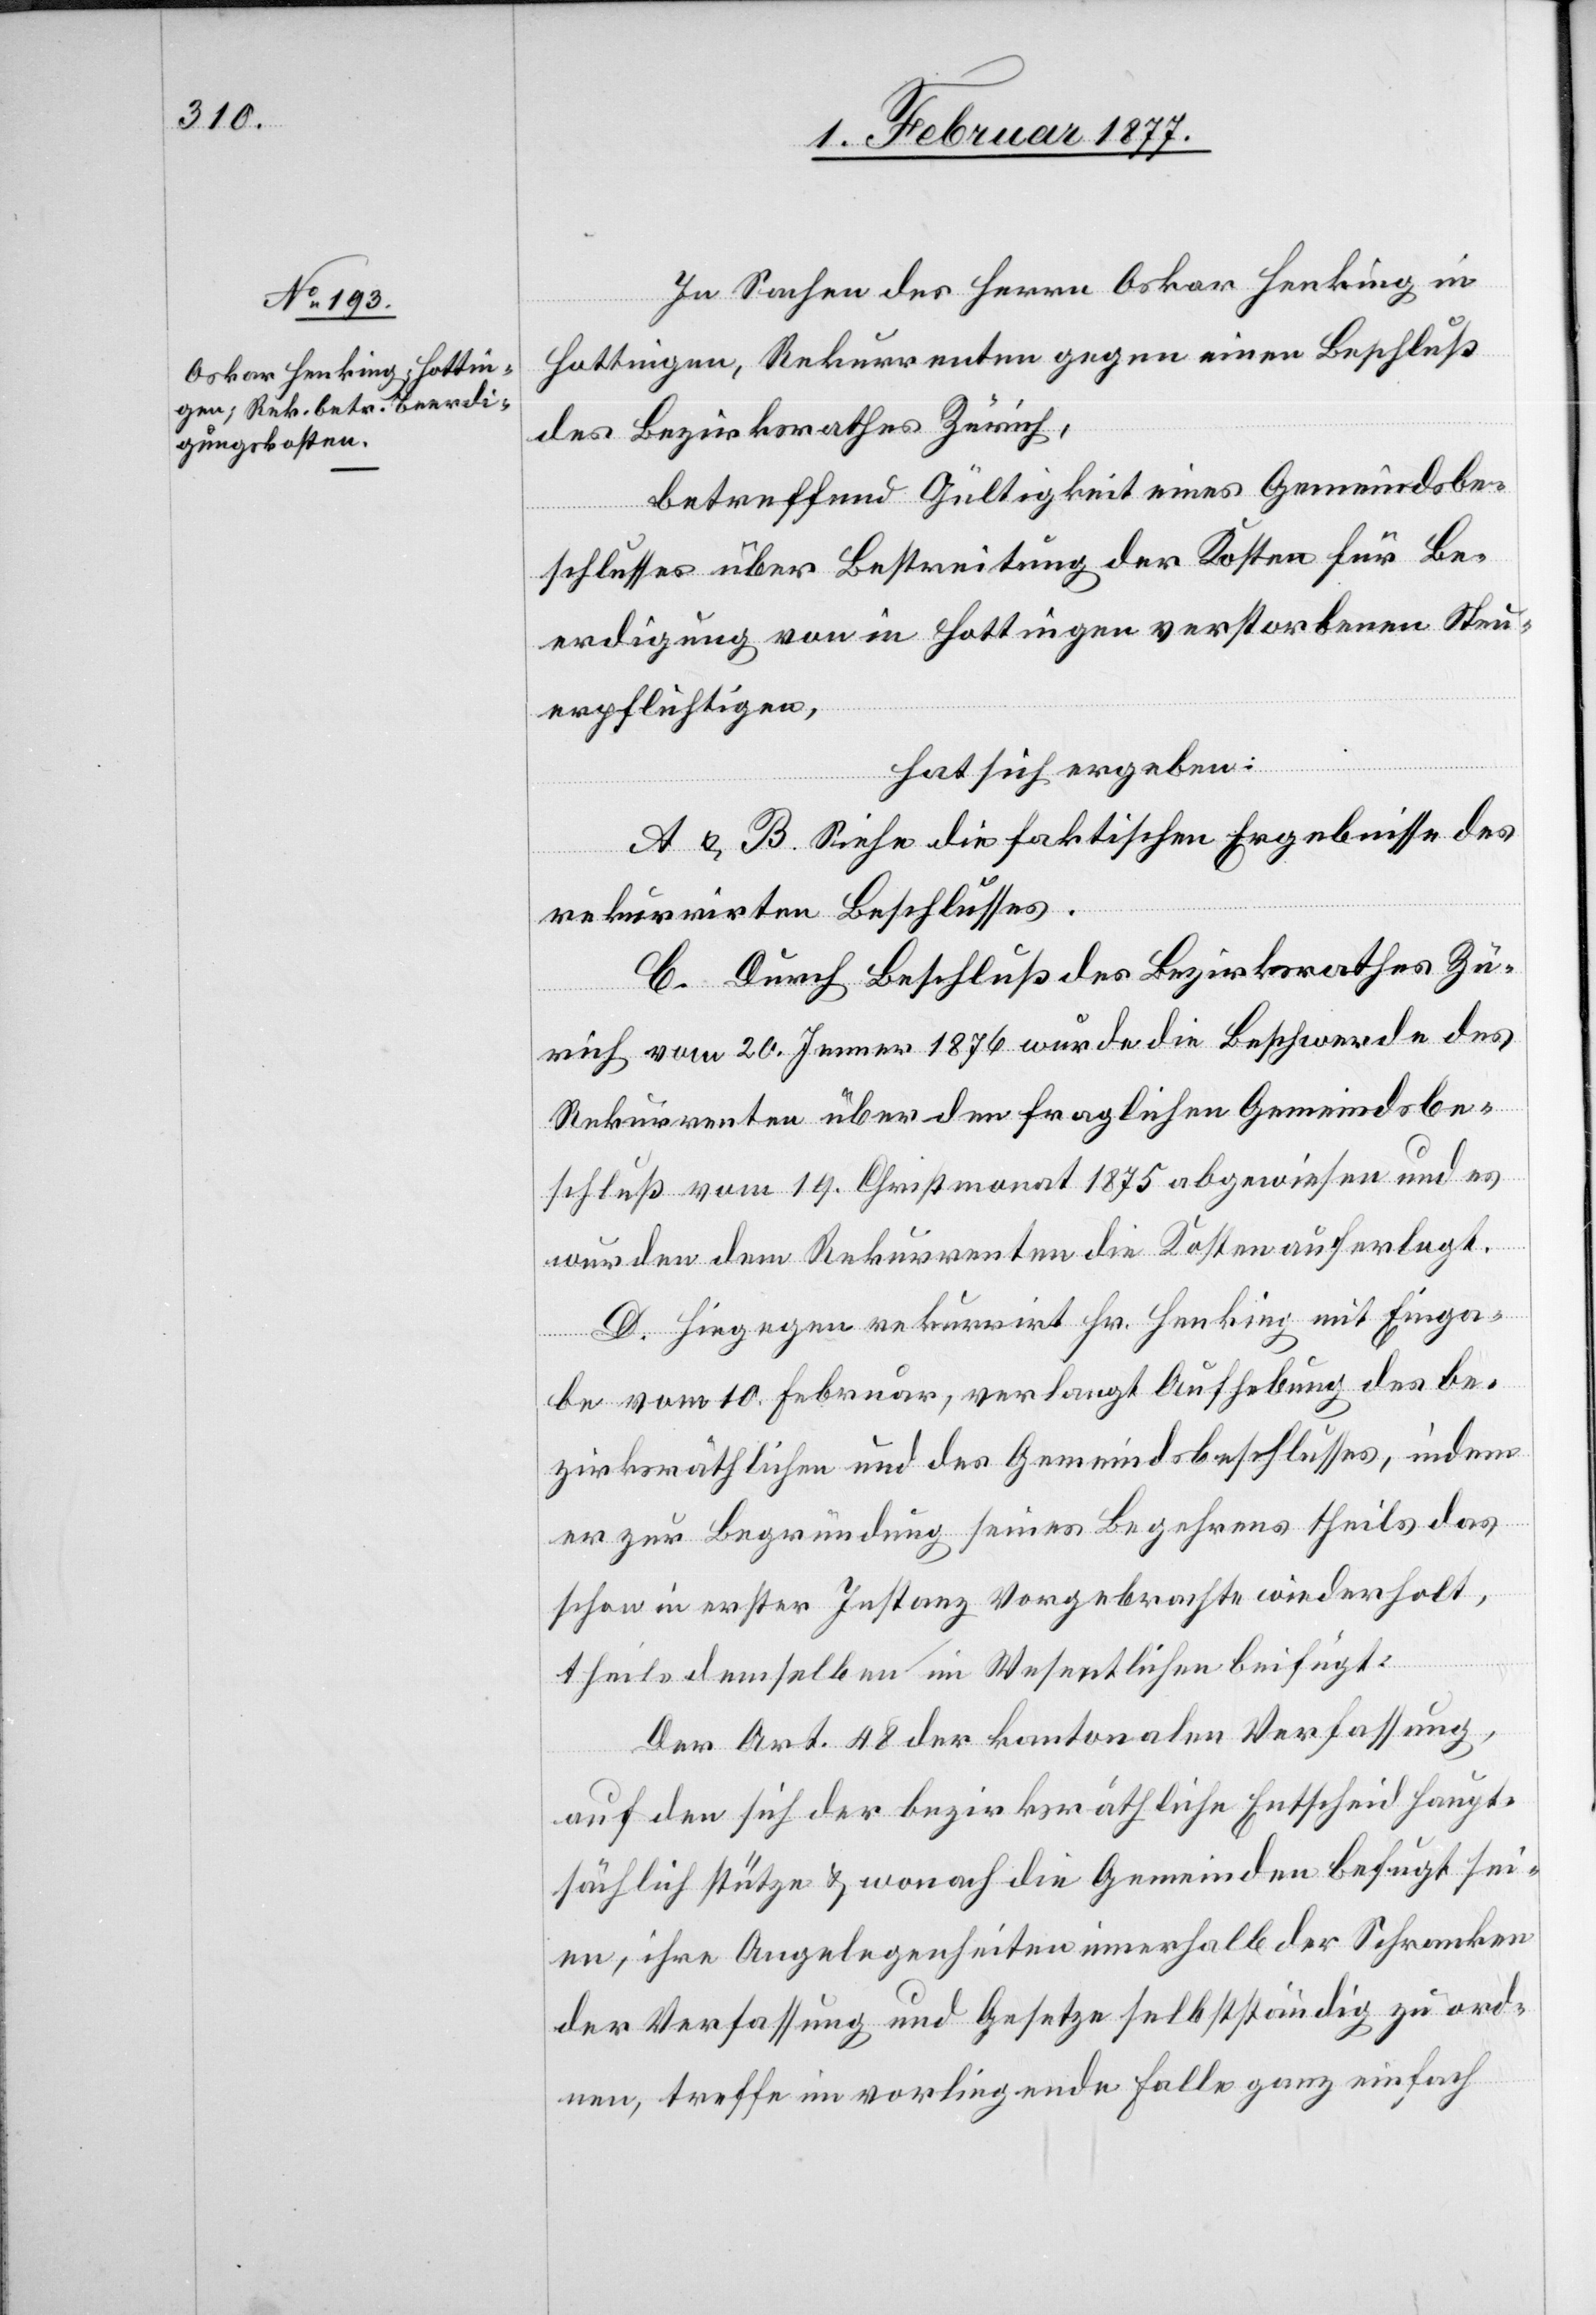
In Sachen des Herrn Oskar Henking in
Hottingen, Rekurrenten gegen einen Beschluß
des Bezirksrathes Zürich,
betreffend Gültigkeit eines Gemeindsbe¬
schlusses über Bestreitung der Kosten für Be¬
erdigung von in Hottingen verstorbenen Steu¬
erpflichtigen,
hat sich ergeben:
A & B. Siehe die faktischen Ergebnisse des
rekurrirten Beschlusses.
C. Durch Beschluß des Bezirksrathes Zü¬
rich vom 20. Jenner 1876 wurde die Beschwerde des
Rekurrenten über den fraglichen Gemeindsbe¬
schluß vom 19. Christmonat 1875 abgewiesen und es
wurden dem Rekurrenten die Kosten auferlegt.
D. Hiegegen rekurrirt Hr. Henking mit Einga¬
be vom 10. Februar, verlangt Aufhebung des be¬
zirksräthlichen und des Gemeindsbeschlusses, indem
er zur Begründung seines Begehrens theils das
schon in erster Instanz Vorgebrachte wiederholt,
theils demselben im Wesentlichen beifügt:
Der Art. 48 der kantonalen Verfassung,
auf den sich der bezirksräthliche Entscheid haupt¬
sächlich stütze & wonach die Gemeinden befugt sei¬
en, ihre Angelegenheiten innerhalb der Schranken
der Verfassung und Gesetze selbstständig zu ord¬
nen, treffe im vorliegenden Falle ganz einfach